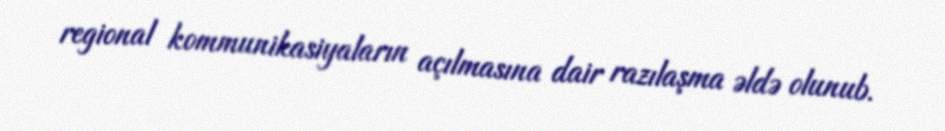
regional kommunikasiyaların açılmasına dair razılaşma əldə olunub.